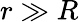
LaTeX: r\gg R